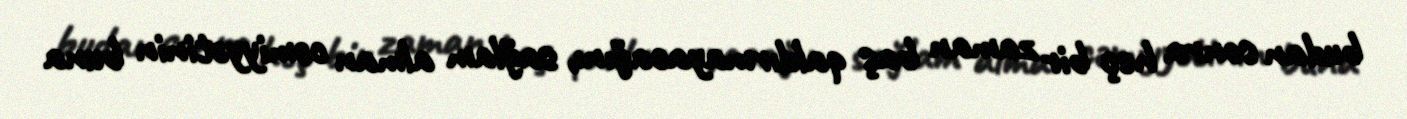
budan sonra heç bir zaman baş qaldırmayacağını, sağlam alman cəmiyyətinin buna